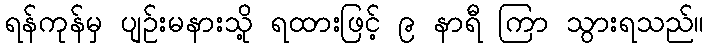
ရန်ကုန်မှ ပျဉ်းမနားသို့ ရထားဖြင့် ၉ နာရီ ကြာ သွားရသည်။